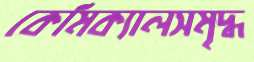
কেমিক্যালসমৃদ্ধ